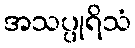
အသပ္ပုရိသံ